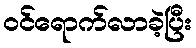
ဝင်ရောက်လာခဲ့ပြီး